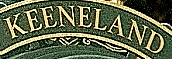
KEENELAND